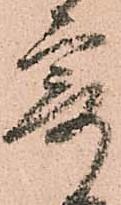
寄